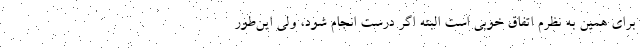
برای همین به نظرم اتفاق خوبی است البته اگر درست انجام شود، ولی این‌طور